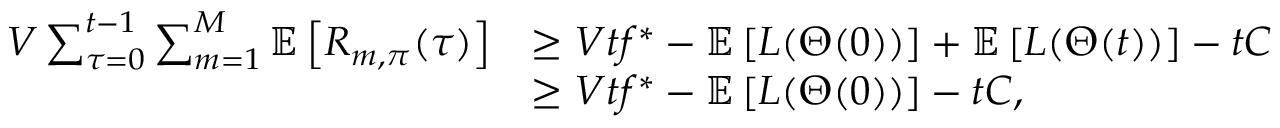
\begin{array} { r l } { V \sum _ { \tau = 0 } ^ { t - 1 } \sum _ { m = 1 } ^ { M } \mathbb { E } \left[ R _ { m , \pi } ( \tau ) \right] } & { \geq V t f ^ { * } - \mathbb { E } \left[ L ( \Theta ( 0 ) ) \right] + \mathbb { E } \left[ L ( \Theta ( t ) ) \right] - t C } \\ & { \geq V t f ^ { * } - \mathbb { E } \left[ L ( \Theta ( 0 ) ) \right] - t C , } \end{array}